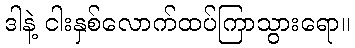
ဒါနဲ့ ငါးနှစ်လောက်ထပ်ကြာသွားရော။